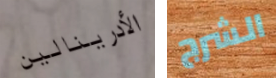
الأدرينالين الشرج